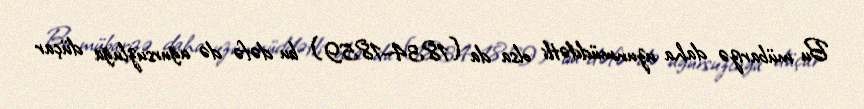
Bu mübarizə daha uzunmüddətli olsa da (1834–1859) bu dəfə də uğursuzluğa düçar